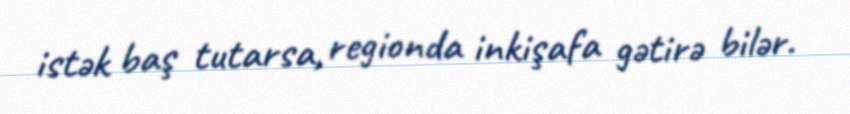
istək baş tutarsa, regionda inkişafa gətirə bilər.